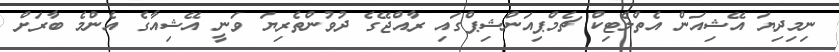
ނިމިދިޔަ އޭޝިއަން އެތްލެޓިކް ޗެމްޕިއަންޝިޕްގައި ރާއްޖޭގެ ދުވުންތެރިޔަ ވަނީ އޭޝިއާގެ އެންމެ ބާރަށް